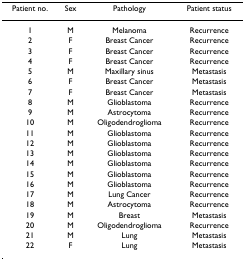
| Patient no. | Sex | Pathology | Patient status |
 | --- | --- | --- | --- |
 | 1 | M | Melanoma | Recurrence |
 | 2 | F | Breast Cancer | Recurrence |
 | 3 | F | Breast Cancer | Recurrence |
 | 4 | F | Breast Cancer | Recurrence |
 | 5 | M | Maxillary sinus | Metastasis |
 | 6 | F | Breast Cancer | Metastasis |
 | 7 | F | Breast Cancer | Metastasis |
 | 8 | M | Glioblastoma | Recurrence |
 | 9 | M | Astrocytoma | Recurrence |
 | 10 | M | Oligodendroglioma | Recurrence |
 | 11 | M | Glioblastoma | Recurrence |
 | 12 | M | Glioblastoma | Recurrence |
 | 13 | M | Glioblastoma | Recurrence |
 | 14 | M | Glioblastoma | Recurrence |
 | 15 | M | Glioblastoma | Recurrence |
 | 16 | M | Glioblastoma | Recurrence |
 | 17 | M | Lung Cancer | Recurrence |
 | 18 | M | Astrocytoma | Recurrence |
 | 19 | M | Breast | Metastasis |
 | 20 | M | Oligodendroglioma | Recurrence |
 | 21 | M | Lung | Metastasis |
 | 22 | F | Lung | Metastasis |